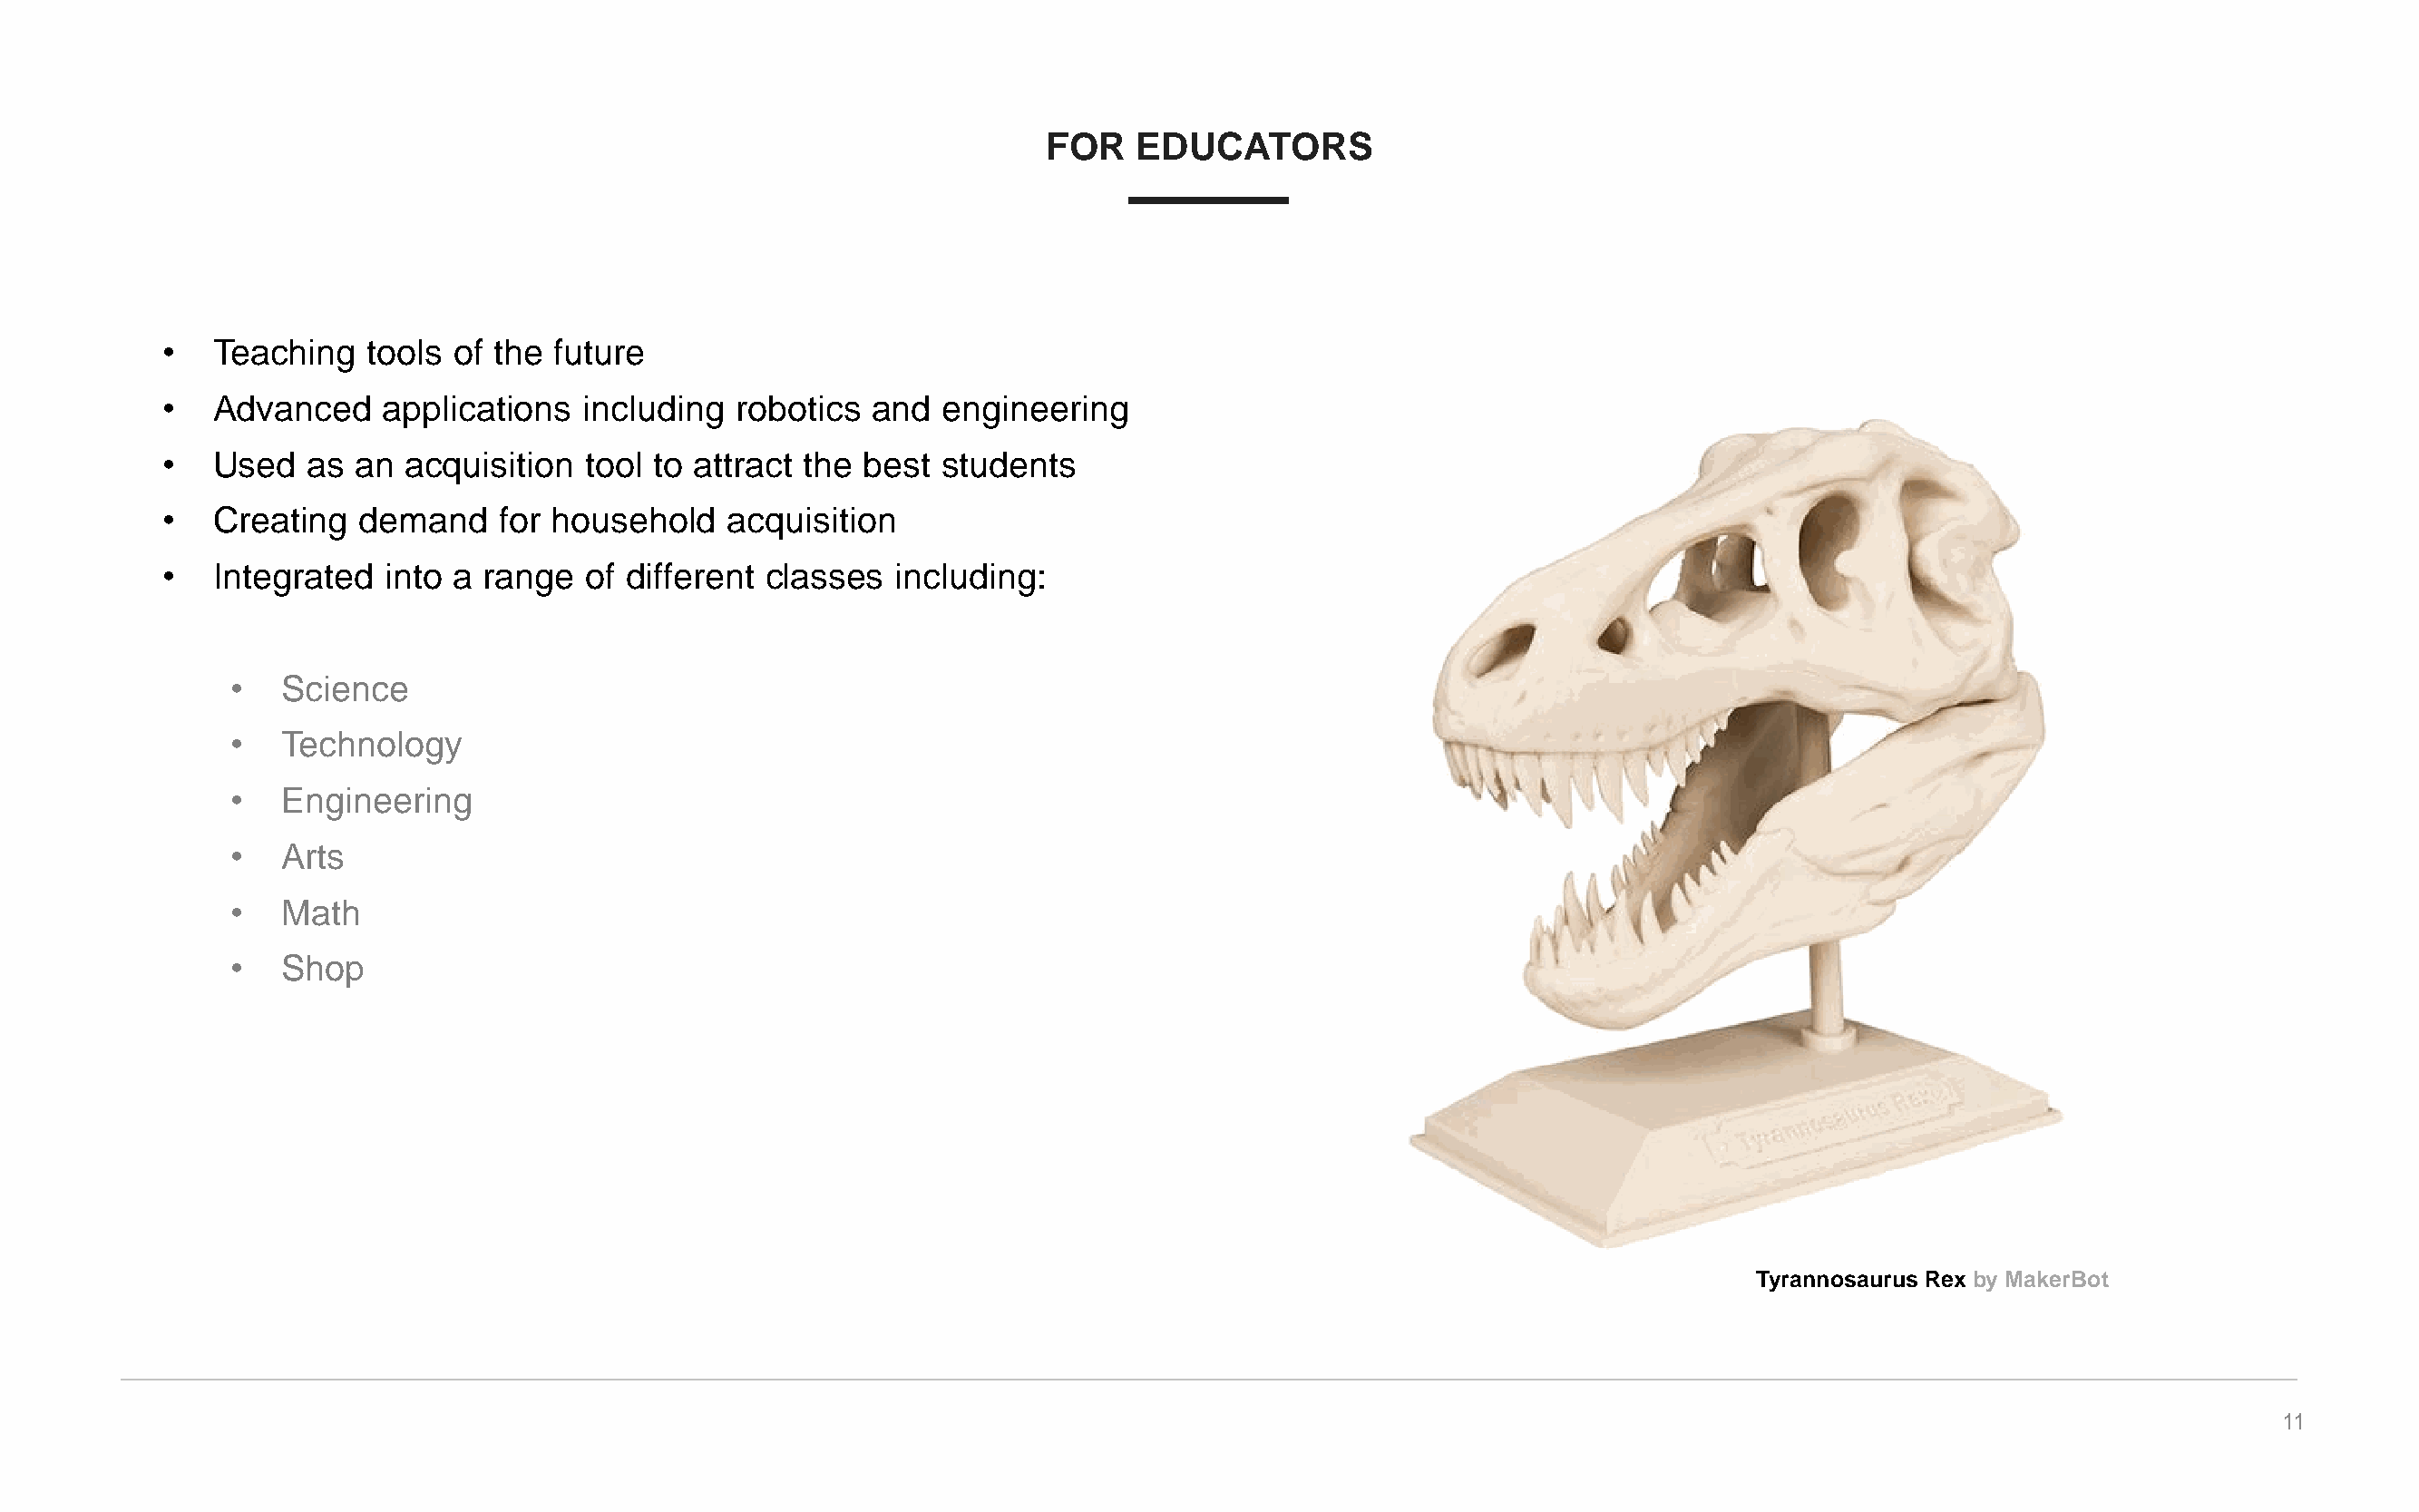
FOR    EDUCATORS
 •   Teaching   tools of the future
 •   Advanced    applications   including  robotics  and  engineering
 •   Used  as  an  acquisition  tool to attract the best  students
 •   Creating  demand    for household    acquisition
 •   Integrated  into a range   of different classes  including:
 •   Science
 •   Technology
 •   Engineering
 •   Arts
 •   Math
 •   Shop
 Tyrannosaurus Rex by MakerBot
 11